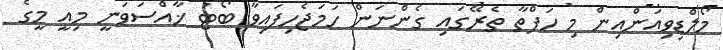
މޯލްޑިވިއަންއިން މި ހަފްތާ ތެރޭގައި ގެންނަން ހަމަޖެހިފައިވާ ބޯޓު ޚާއްސަވަނީ މިއީ މީގެ